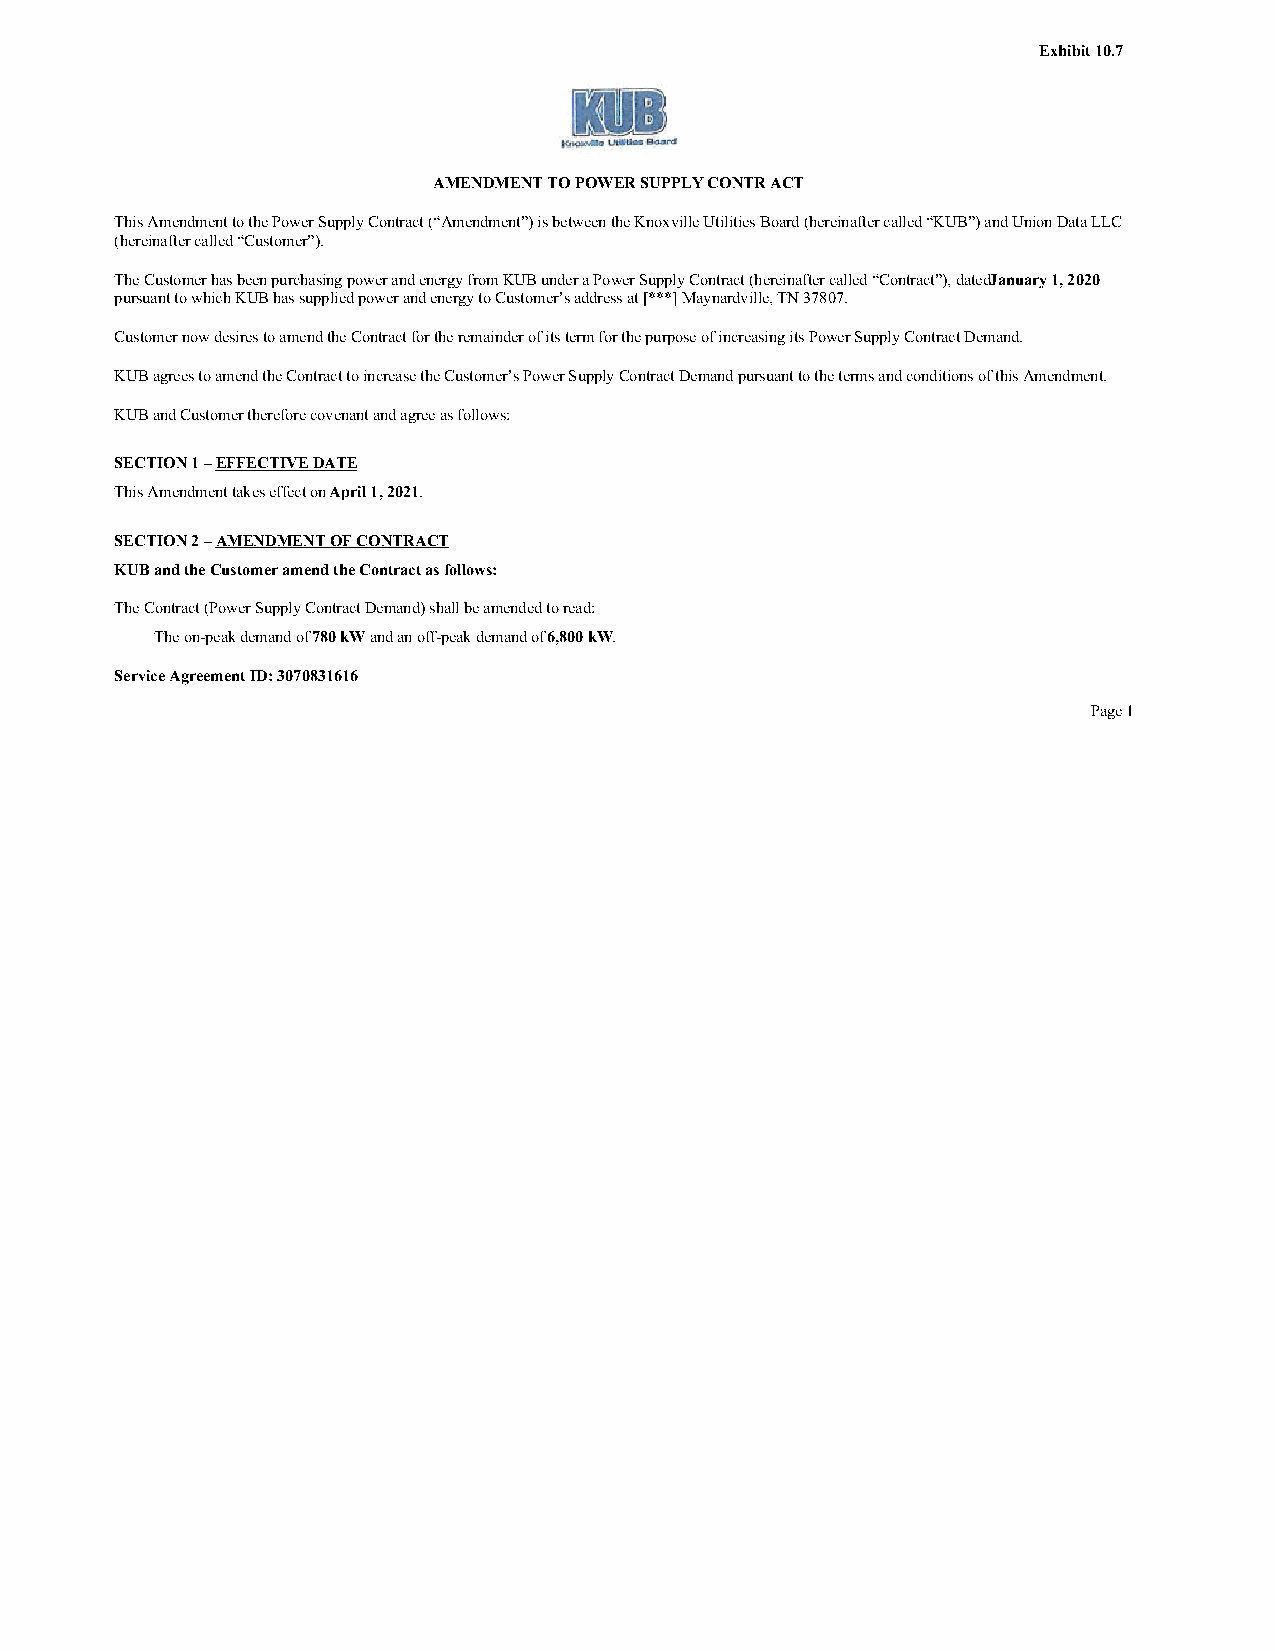
Exhibit 10.7
 AMENDMENT TO POWER SUPPLY CONTR ACT
 This Amendment to the Power Supply Contract (“Amendment”) is between the Knoxville Utilities Board (hereinafter called “KUB”) and Union Data LLC
 (hereinafter called “Customer”).
 The Customer has been purchasing power and energy from KUB under a Power Supply Contract (hereinafter called “Contract”), datedJ anuary 1, 2020
 pursuant to which KUB has supplied power and energy to Customer’s address at [***] Maynardville, TN 37807.
 Customer now desires to amend the Contract for the remainder of its term for the purpose of increasing its Power Supply Contract Demand.
 KUB agrees to amend the Contract to increase the Customer’s Power Supply Contract Demand pursuant to the terms and conditions of this Amendment.
 KUB and Customer therefore covenant and agree as follows:
 SECTION 1 – EFFECTIVE DATE
 This Amendment takes effect on April 1, 2021.
 SECTION 2 – AMENDMENT OF CONTRACT
 KUB and the Customer amend the Contract as follows:
 The Contract (Power Supply Contract Demand) shall be amended to read:
 The on-peak demand of 780 kW and an off-peak demand of 6,800 kW.
 Service Agreement ID: 3070831616
 Page 1